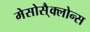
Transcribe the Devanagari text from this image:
मेसोसै्क्लोन्स